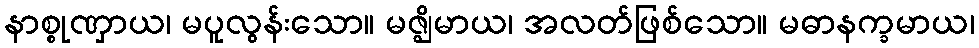
နာစ္စုဏှာယ၊ မပူလွန်းသော။ မဇ္ဈိမာယ၊ အလတ်ဖြစ်သော။ မဓာနက္ခမာယ၊